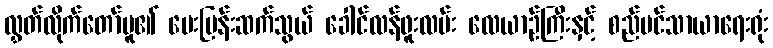
လွှတ်လိုက်တော်မူ၏ မေးမြန်းဆက်သွယ် ခေါင်လန်ဖူးလမ်း လေယာဉ်ကြီးနှင့် စည်ပင်သာယာရေးရုံး